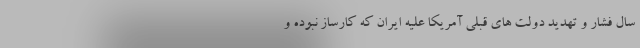
سال فشار و تهدید دولت های قبلی آمریکا علیه ایران که کارساز نبوده و